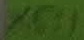
Text: X5:1